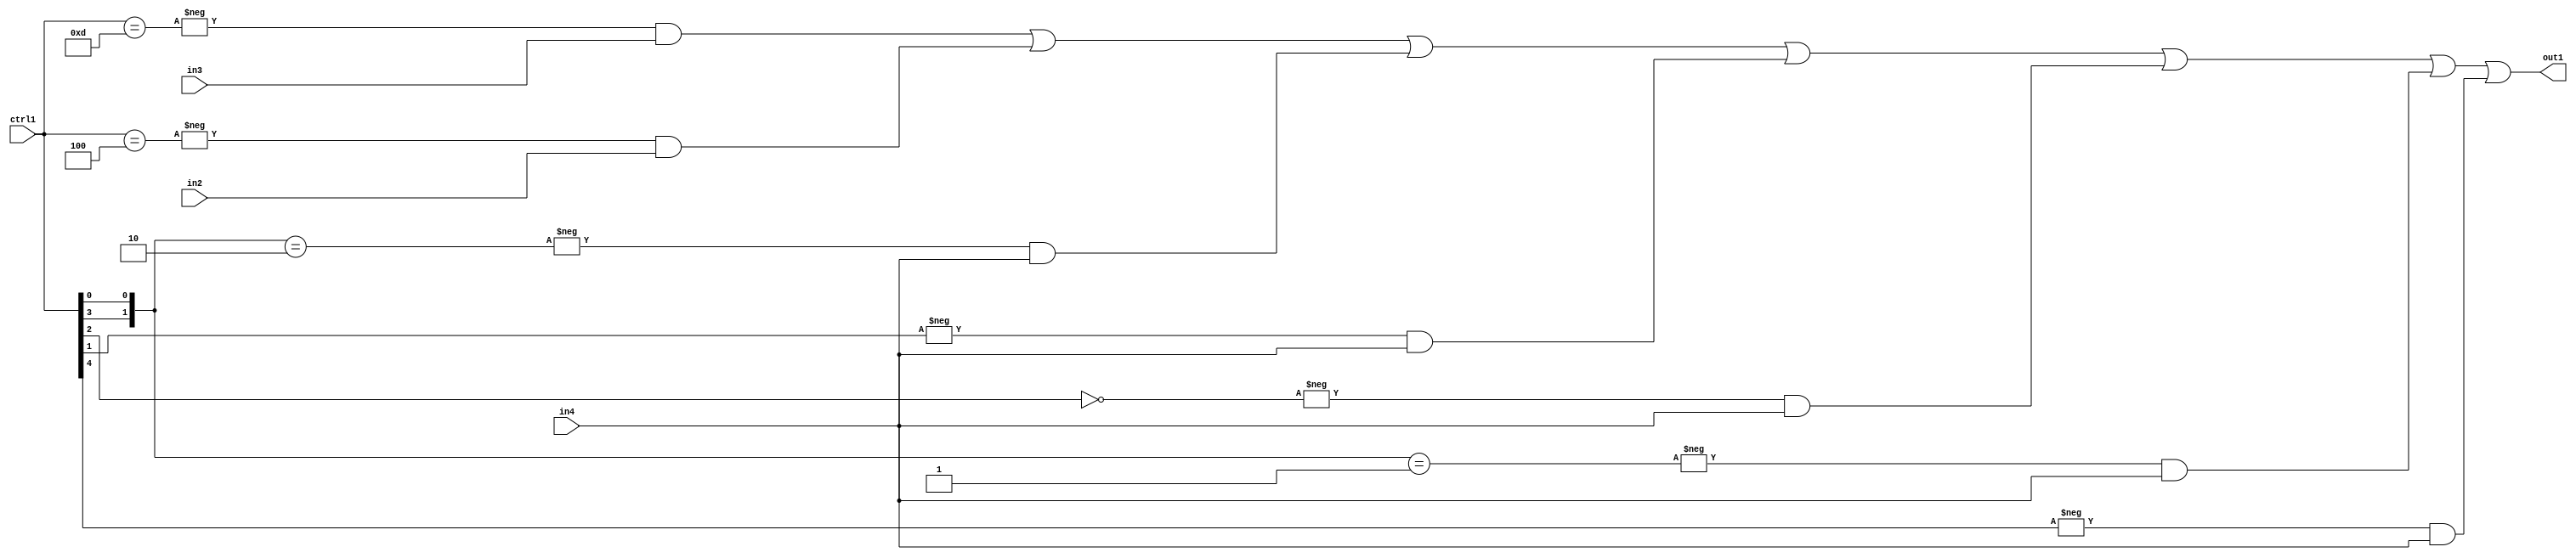
`timescale 1ps / 1ps
/*****************************************************************************
    Verilog RTL Description
    
    
    Created by: Stratus DpOpt 21.05.01 
*******************************************************************************/

module SobelFilter_N_Mux_20_3_18_1 (
	in4,
	in3,
	in2,
	ctrl1,
	out1
	); /* architecture "behavioural" */ 
input [19:0] in4,
	in3,
	in2;
input [4:0] ctrl1;
output [19:0] out1;
wire [19:0] asc001;

assign asc001 = 
	-{ctrl1 == 5'B01101} & in3 |
	-{ctrl1 == 5'B00100} & in2 |
	-{{ctrl1[3], ctrl1[0]} == 2'B10} & in4 |
	-{ctrl1[1] == 1'B1} & in4 |
	-{ctrl1[2] == 1'B0} & in4 |
	-{{ctrl1[3], ctrl1[0]} == 2'B01} & in4 |
	-{ctrl1[4] == 1'B1} & in4 ;

assign out1 = asc001;
endmodule

/* CADENCE  v7X3SwA= : u9/ySxbfrwZIxEzHVQQV8Q== ** DO NOT EDIT THIS LINE ******/